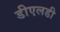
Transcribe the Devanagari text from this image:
डीएलडी